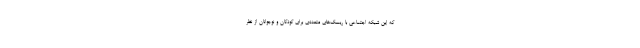
که این شبکه اجتماعی با ریسک‌های متعددی برای کودکان و نوجوانان از نظر